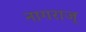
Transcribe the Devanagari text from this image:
नागराज्